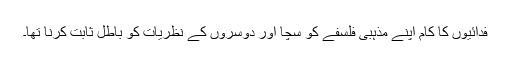
فدائیوں کا کام اپنے مذہبی فلسفے کو سچا اور دوسروں کے نظریات کو باطل ثابت کرنا تھا۔